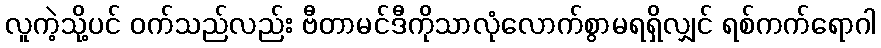
လူကဲ့သို့ပင် ဝက်သည်လည်း ဗီတာမင်ဒီကိုသာလုံလောက်စွာမရရှိလျှင် ရစ်ကက်ရောဂါ